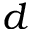
d